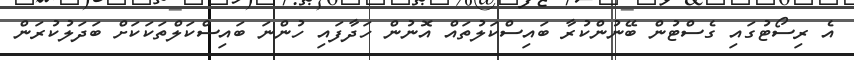
އެ ރިސޯޓުގައި ގެސްޓުން ބޭނުންކުރާ ބައިސްކަލުތައް އޮނުން ހަދާފައި ހުންނަ ބައިސްކަލްތަކަކަށް ބަދަލުކުރަން